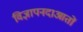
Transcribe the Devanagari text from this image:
विज्ञापनदाआतों